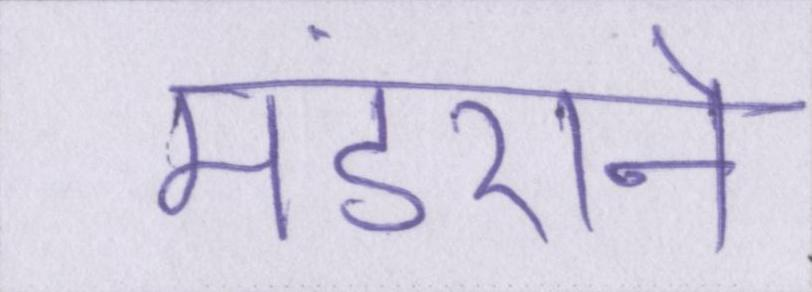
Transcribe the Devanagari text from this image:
मंडराने